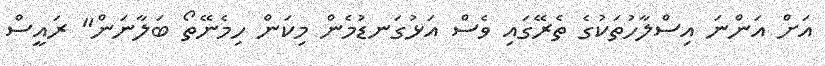
އަށް އަންނަ އިސްލާހުތަކުގެ ތެރޭގައި ވެސް އަޅުގަނޑުމެން މިކަން ހިމެނޭތޯ ބަލާނަން" ރައީސް